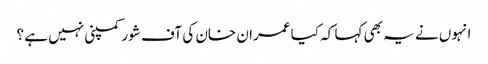
انہوں نے یہ بھی کہا کہ کیا عمران خان کی آف شور کمپنی نہیں ہے ؟